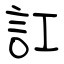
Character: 訌